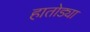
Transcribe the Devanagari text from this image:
हातोड्या